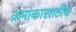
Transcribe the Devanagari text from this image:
क्रमांकासाठीच